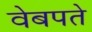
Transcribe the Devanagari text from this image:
वेबपते